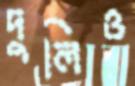
দুলিও